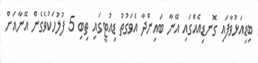
ބިޑިއަޅުވާފައި ގޮނޑިއެއްގައި އޭނާ ބައިންދާ އެވަގުތު ޑިއުޓީގައި ތިބި 5 ފުލުހަކުވެގެން އޭނާއަށް